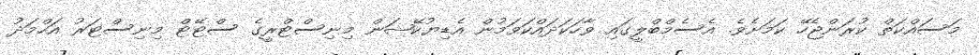
މަސައްކަތް ކުރަންޖެހޭ ކަމަށެވެ. އެސެމްބްލީގައި ވާހަކަދައްކަވަމުން އެޑިޔުކޭޝަން މިނިސްޓްރީގެ ސްޓޭޓް މިނިސްޓަރު އަހްމަދު